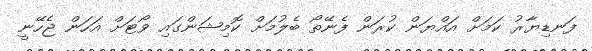
ފަނޑިޔާރު ކަމަށް އައްޔަން ކުރަން ފެނޭތޯ ބެލުމަށް ކޮމިޝަންގައި ވޯޓަށް އަހަން ޖެހޭނީ